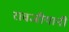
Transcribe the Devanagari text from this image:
रावजीयानी